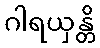
ဂါရယှန္တိ